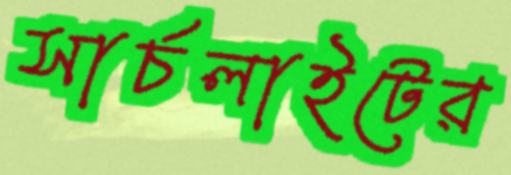
সার্চলাইটের